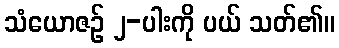
သံယောဇဉ် ၂-ပါးကို ပယ် သတ်၏။